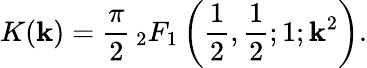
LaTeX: K(\mathbf{k})={\frac{{\pi}}{{2}}}\, {}_{2}F_{1}\left({\frac{{1}}{{2}}},{\frac{{1}}{{2}}};1;\mathbf{k}^{2}\right).